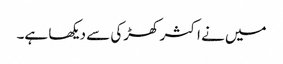
میں نے اکثر کھڑکی سے دیکھا ہے۔